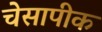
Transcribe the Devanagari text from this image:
चेसापीक